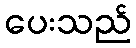
ပေးသည်